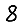
Digit: 8